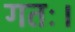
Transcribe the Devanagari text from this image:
गतः।